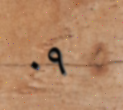
٠٩